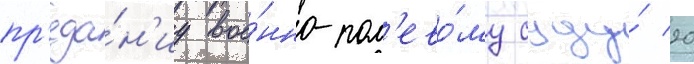
пр'еда́н'иу вое́нно-пол'ево́му суду́ 20